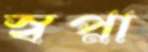
স্বপ্না